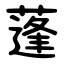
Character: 蓬